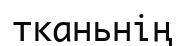
тканьнің